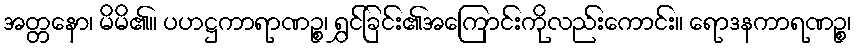
အတ္တနော၊ မိမိ၏။ ပဟဋ္ဌကာရာဏဉ္စ၊ ရွှင်ခြင်း၏အကြောင်းကိုလည်းကောင်း။ ရောဒနကာရဏဉ္စ၊